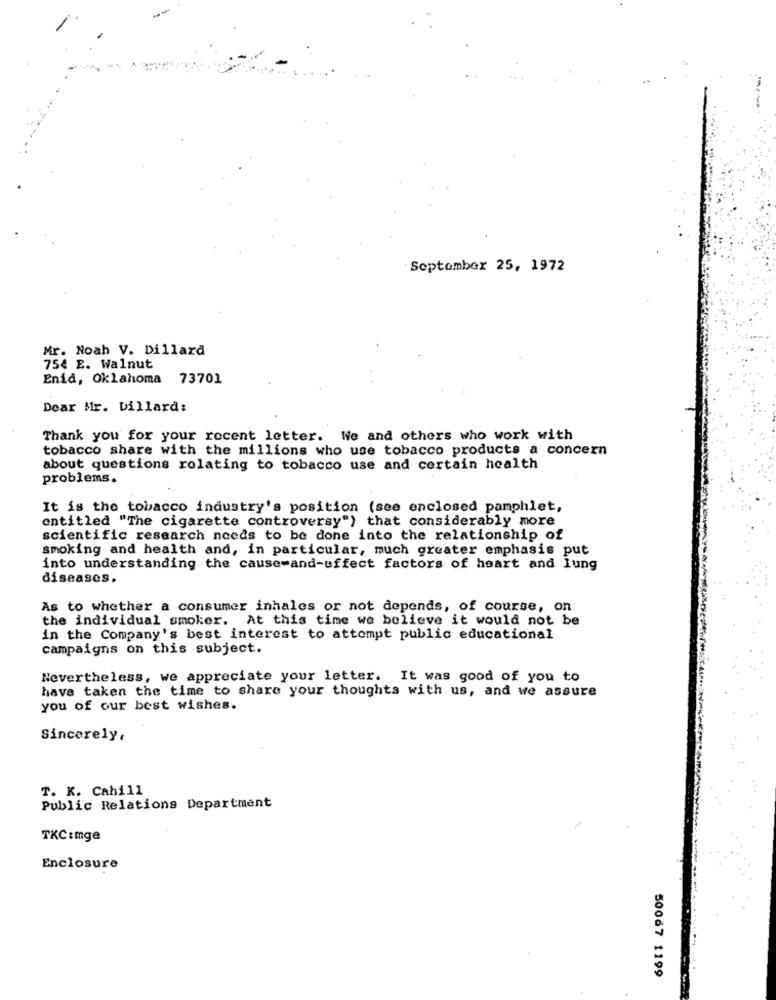
September 25, 1972
Mr. Noah V. Dillard
754 E. Walnut
Enid, Oklahoma 73701
Dear Mr. Dillard:
Thank you for your recent letter. We and others who work with
tobacco share with the millions who use tobacco products a concern
about questions relating to tobacco use and certain health
problems.
It is the tobacco industry's position (see enclosed pamphlet,
entitled "The cigarette controversy") that considerably more
scientific research needs to be done into the relationship of
smoking and health and, in particular, much greater emphasis put
into understanding the cause-and-effect factors of heart and lung
diseases.
As to whether a consumer inhales or not depends, of course, on
the individual smoker. At this time we believe it would not be
in the Company's best interest to attempt public educational
campaigns on this subject.
Nevertheless, we appreciate your letter. It was good of you to
have taken the time to share your thoughts with us, and we assure
you of our best wishes.
Sincerely,
T. K. Cahill
Public Relations Department
TKC:mge
Enclosure
50067 1199